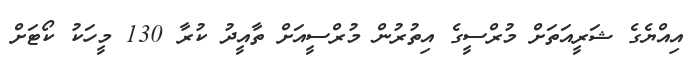
އިއްޔެގެ ޝަރީއަތަށް މުރްސީގެ އިތުރުން މުރްސީއަށް ތާއީދު ކުރާ 130 މީހަކު ކޯޓަށް